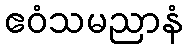
ဧဝံသမညာနံ